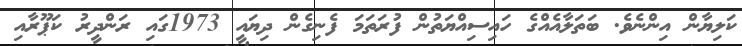
ކަލިޔާން އިންނެވެ. ބަތަލާއެއްގެ ހައިސިއްޔަތުން ފުރަތަމަ ފެނިގެން ދިޔައީ 1973ގައި ރަންދީރު ކަޕޫރާއި